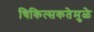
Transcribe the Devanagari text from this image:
चिकित्सकतेमुळे